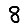
Digit: 8